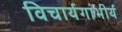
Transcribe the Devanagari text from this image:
विचार्यगांभीर्य